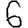
Digit: 6